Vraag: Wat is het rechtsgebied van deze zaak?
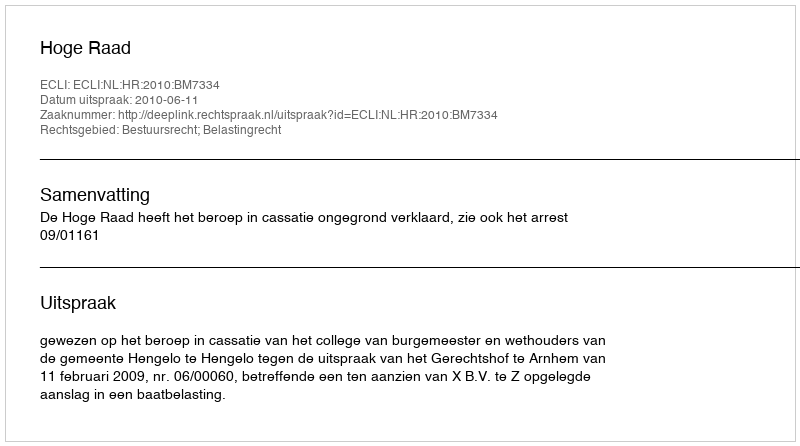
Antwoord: Bestuursrecht; Belastingrecht